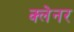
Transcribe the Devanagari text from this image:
क्लेनर